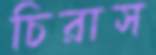
চিরাস